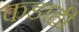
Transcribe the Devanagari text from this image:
कडाही